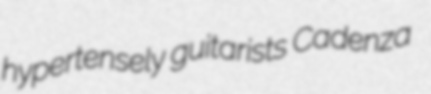
hypertensely guitarists Cadenza